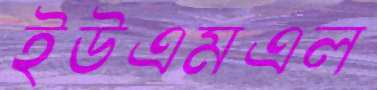
ইউএমএল